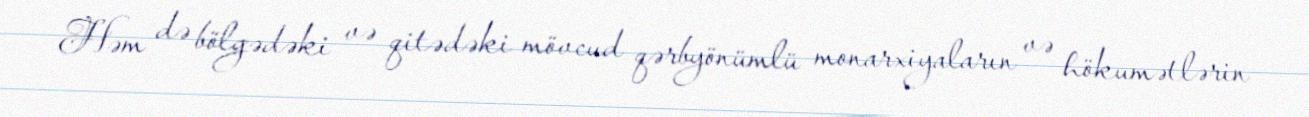
Həm də bölgədəki və qitədəki mövcud qərbyönümlü monarxiyaların və hökumətlərin